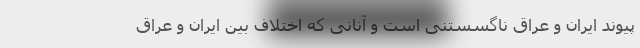
پیوند ایران و عراق ناگسستنی است و آنانی که اختلاف بین ایران و عراق